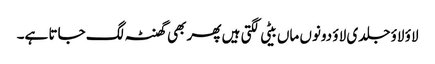
لاؤ لاؤ جلدی لاؤ دونوں ماں بیٹی لگتی ہیں پھر بھی گھنٹہ لگ جاتا ہے۔